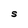
Character: S